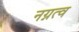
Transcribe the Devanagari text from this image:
नग्नत्व